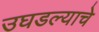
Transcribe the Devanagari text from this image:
उघडल्‍याचे